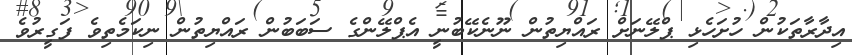
އިދާރާތަކުން ހުށަހެޅި ޕްލޭނަށް ރައްޔިތުން ނޫނެކޭބުނީ އެޕްލޭންގެ ސަބަބުން ރައްޔިތުން ނިކަމެތިވެ ފަގީރުވެ